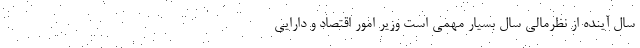
سال آینده از نظرمالی سال بسیار مهمی است وزیر امور اقتصاد و دارایی